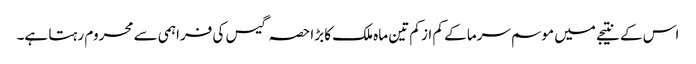
اس کے نتیجے میں موسم سرما کے کم از کم تین ماہ ملک کا بڑا حصہ گیس کی فراہمی سے محروم رہتا ہے۔